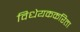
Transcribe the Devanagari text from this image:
विधेयककरिता